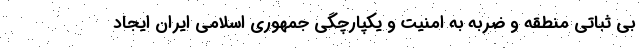
بی ثباتی منطقه و ضربه به امنیت و یکپارچگی جمهوری اسلامی ایران ایجاد